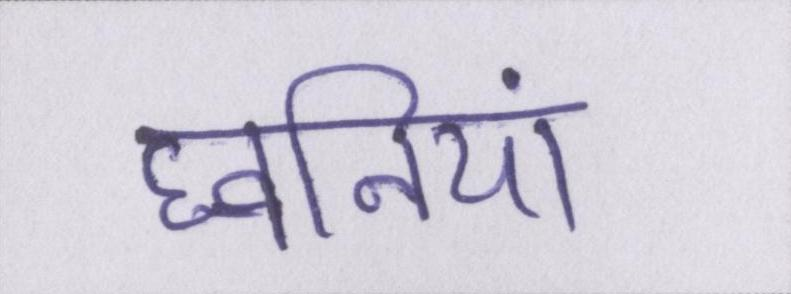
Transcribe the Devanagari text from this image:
घ्वनियां